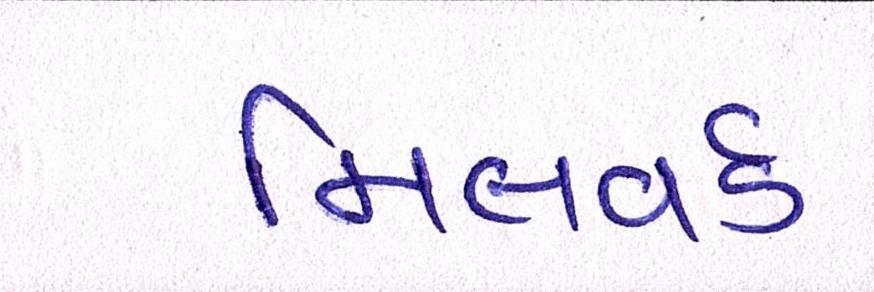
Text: મિલવર્ડ